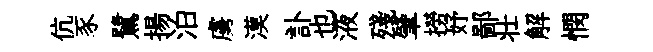
伉豕鷺揚泊虜漠訃也液殘肇撈妤鄙壮解憫